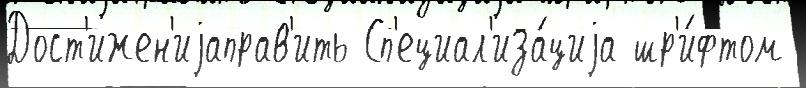
Дост'ижен'иjаправ'ить Сп'ециал'иза́циjа шр'и́фтом